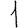
Digit: 1